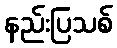
နည်းပြသစ်